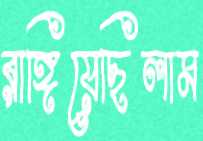
রাঙ্গিয়েছিলাম